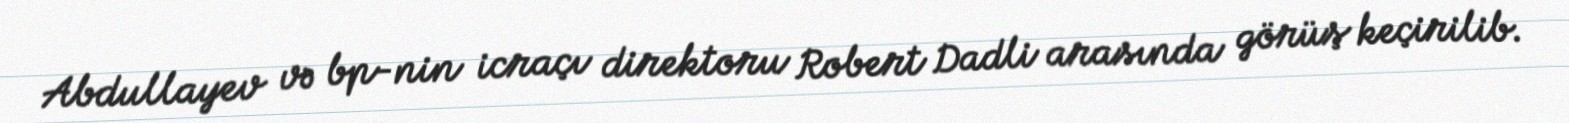
Abdullayev və bp-nin icraçı direktoru Robert Dadli arasında görüş keçirilib.